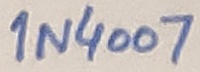
Text: 1N4007